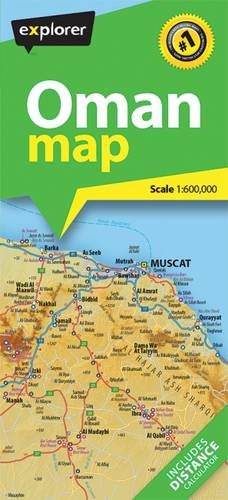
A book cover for Oman Country Map; Travel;